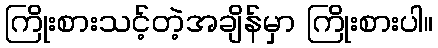
ကြိုးစားသင့်တဲ့အချိန်မှာ ကြိုးစားပါ။